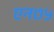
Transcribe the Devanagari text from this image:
एन७५